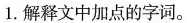
1.解释文中加点的字词。